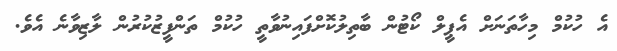
އެ ހުކުމް މިހާތަނަށް އެޕީލް ކޯޓުން ބާތިލުކޮށްފައިނުވާތީ ހުކުމް ތަންފީޒުކުރުން ލާޒިވާނެ އެވެ.